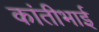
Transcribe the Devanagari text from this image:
कांतीभाई